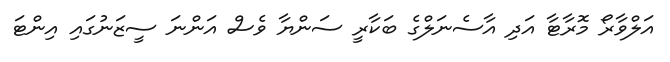
އަލްވާރޯ މޮރާޓާ އަދި އާސެނަލްގެ ބަކާރީ ސަންޔާ ވެސް އަންނަ ސީޒަނުގައި އިންޓަ